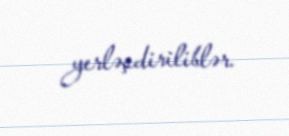
yerləşdiriliblər.